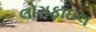
લોગફાઇલ